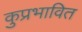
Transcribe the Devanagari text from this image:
कुप्रभावित